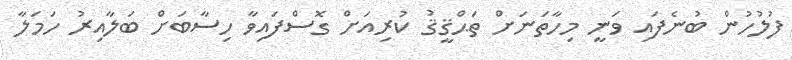
ފުލުހުން ބުނެފައި ވަނީ މިހާތަނަށް ތަޙްޤީޤު ކުރިއަށް ގޮސްފައިވާ ހިސާބަށް ބަލާއިރު ހަމަލާ